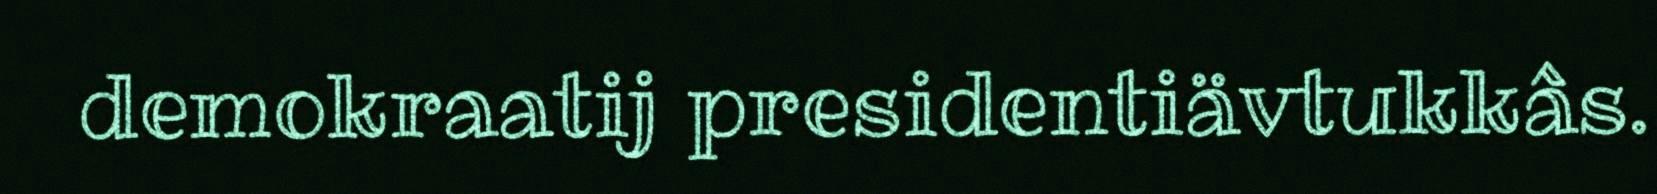
demokraatij presidentiävtukkâs.